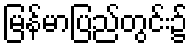
မြန်မာပြည်တွင်း၌